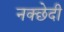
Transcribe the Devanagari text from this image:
नक्छेदी